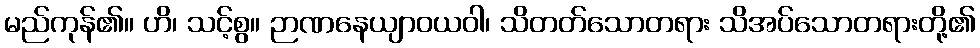
မည်ကုန်၏။ ဟိ၊ သင့်စွ။ ဉာဏနေယျာဝယဝါ၊ သိတတ်သောတရား သိအပ်သောတရားတို့၏